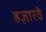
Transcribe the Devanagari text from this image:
हज़ारवे